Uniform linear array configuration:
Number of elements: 24
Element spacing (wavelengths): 0.75
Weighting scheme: uniform
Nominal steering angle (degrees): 45
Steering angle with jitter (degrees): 43.826
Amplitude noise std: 0.05
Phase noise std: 0.05

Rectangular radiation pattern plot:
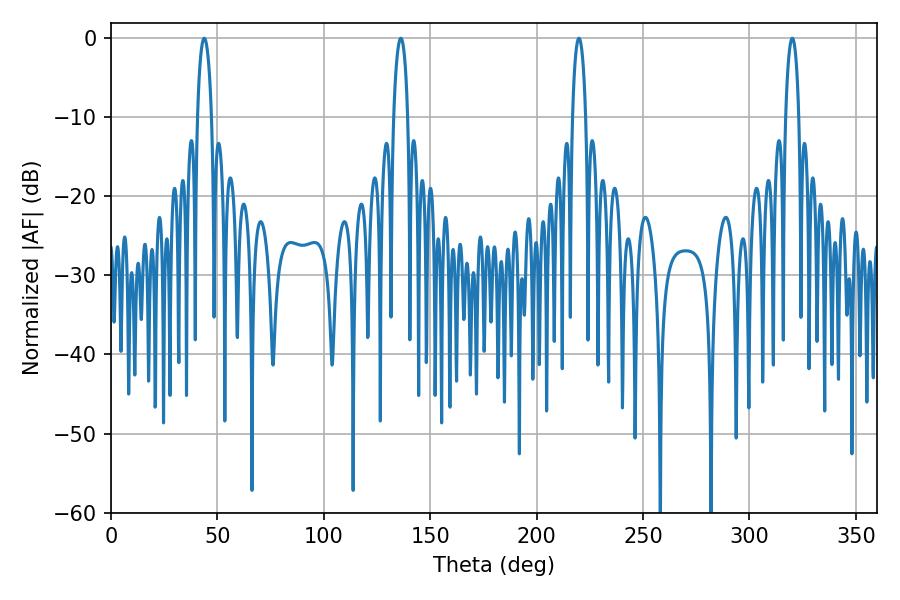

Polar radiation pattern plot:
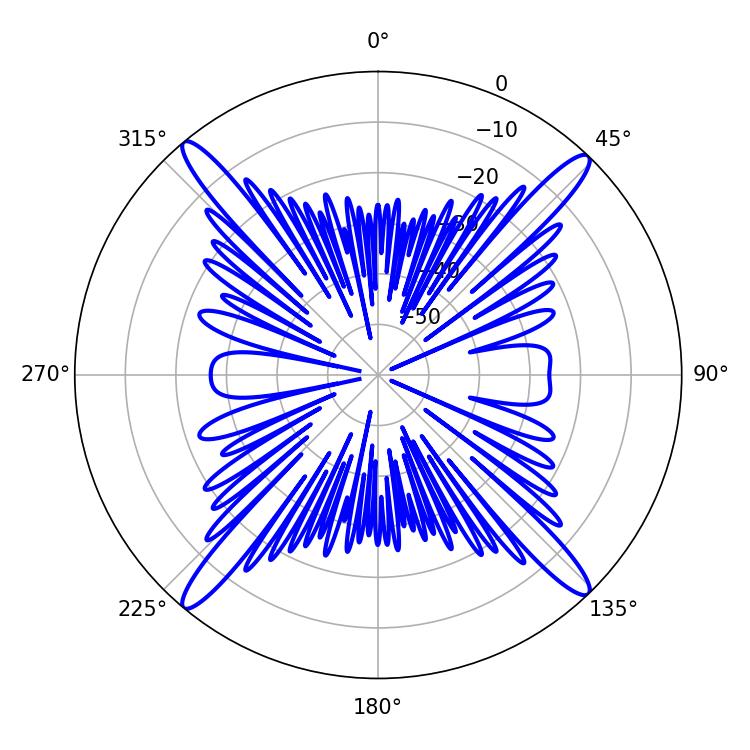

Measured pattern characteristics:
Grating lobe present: TRUE
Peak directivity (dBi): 21.737
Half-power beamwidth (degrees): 3.78
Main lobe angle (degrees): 43.74